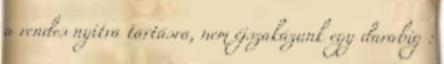
a rendes nyitva tartásra, nem éjszakázunk egy darabig :